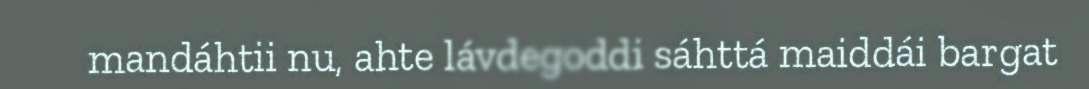
mandáhtii nu, ahte lávdegoddi sáhttá maiddái bargat